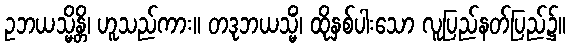
ဥဘယသ္မိန္တိ၊ ဟူသည်ကား။ တဒုဘယသ္မိံ၊ ထိုနှစ်ပါးသော လူပြည်နတ်ပြည်၌။